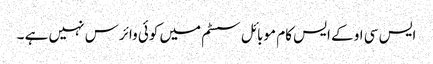
ایس سی او کے ایس کام موبائل سسٹم میں کوئی وائرس نہیں ہے ۔